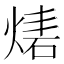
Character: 𤊴